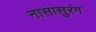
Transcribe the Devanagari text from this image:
नासासुरंग